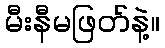
မီးနီမဖြတ်နဲ့။